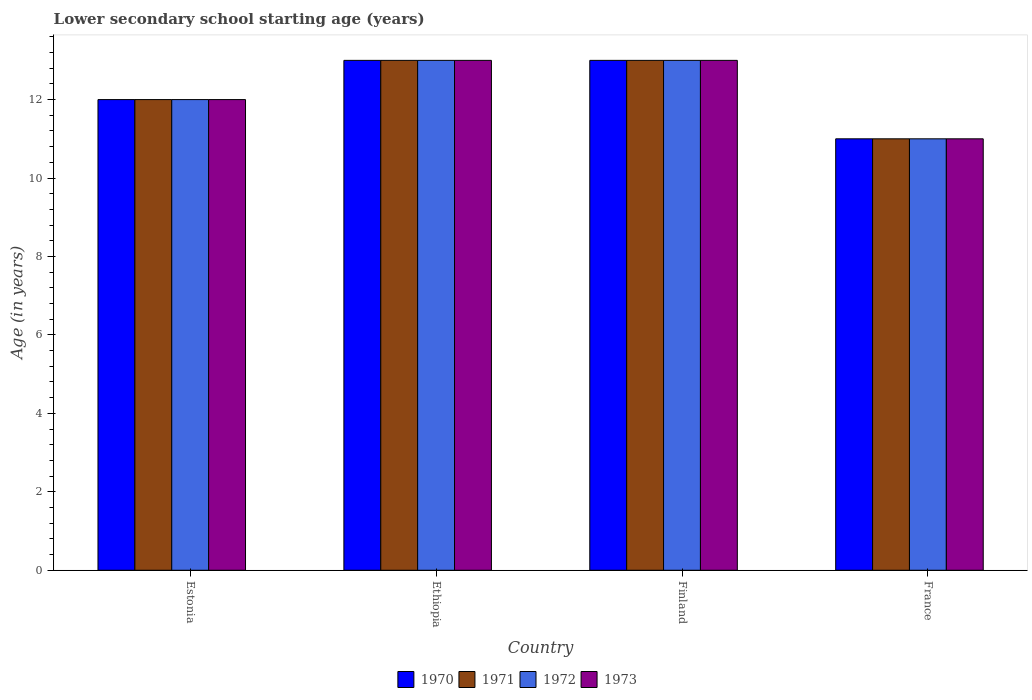
| Country | 1970 | 1971 | 1972 | 1973 |
 | --- | --- | --- | --- | --- |
 | Estonia | 12 | 12 | 12 | 12 |
 | Ethiopia | 13 | 13 | 13 | 13 |
 | Finland | 13 | 13 | 13 | 13 |
 | France | 11 | 11 | 11 | 11 |